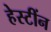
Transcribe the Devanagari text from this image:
हेस्टींन